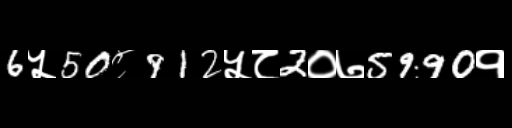
Text: 6५50८912५८2०७5990१